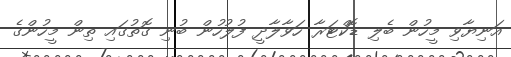
އަނިޔާވި މީހުން ބެލި ޑޮކްޓަރާ ހަވާލާދީ ފުލުހުން ބުނި ގޮތުގައި ތިން މީހުންގެ